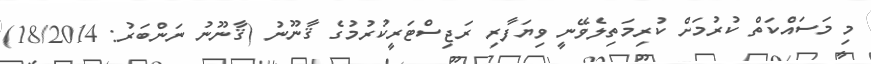
މި މަސައްކަތް ކުރުމަށް ކުރިމަތިލެވޭނީ ވިޔަފާރި ރަޖިސްޓަރީކުރުމުގެ ޤާނޫނު (ޤާނޫނު ނަންބަރު: 18/2014)